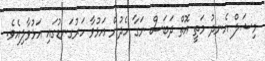
މިޝަލް އެނދު މަތީ އޮތް ދަބަސް ނަގާ ހެދުން އަޅުވާ ހަރުގަނޑުގައި އަޅުވާލިއެވެ.